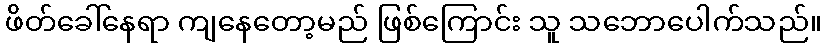
ဖိတ်ခေါ်နေရာ ကျနေတော့မည် ဖြစ်ကြောင်း သူ သဘောပေါက်သည်။